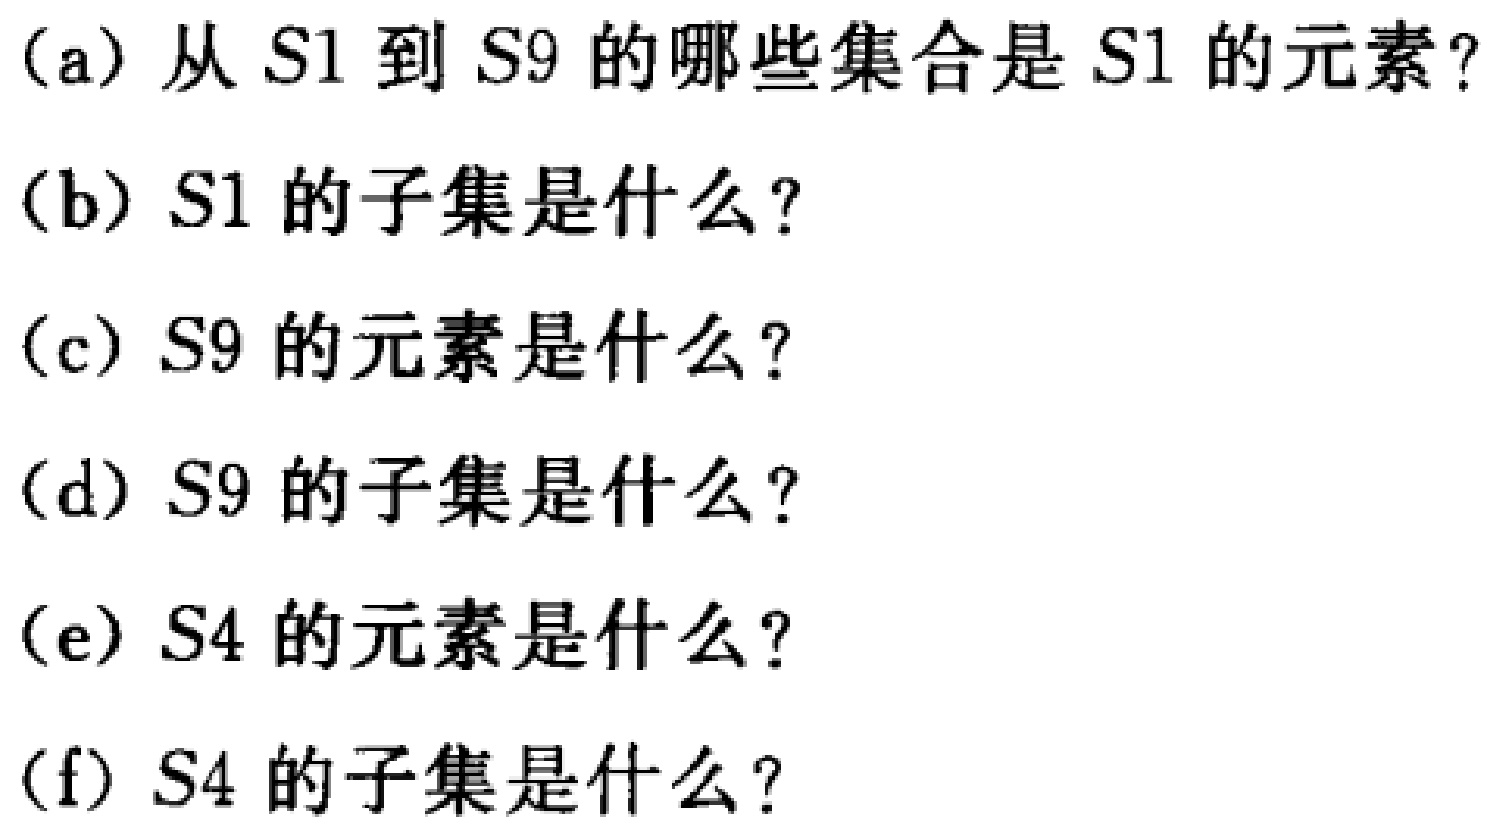
(a) 从 \(S1\) 到 \(S9\) 的哪些集合是 \(S1\) 的元素?

(b) \(S1\) 的子集是什么?

(c) \(S9\) 的元素是什么?

(d) \(S9\) 的子集是什么?

(e) \(S4\) 的元素是什么?

(f) \(S4\) 的子集是什么?